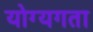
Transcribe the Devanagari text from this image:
योग्यगता